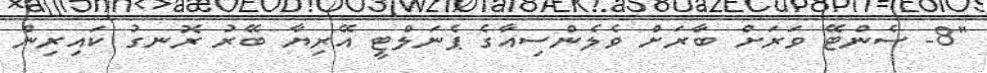
"8- ސެންޓޭ ވަރަށް ބާރަށް ވެލެންސިއާގެ ޕެނަލްޓީ އޭރިޔާ ބޭރު ރޮނގު ކައިރިން